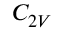
C _ { 2 V }